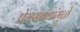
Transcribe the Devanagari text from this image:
प्रेमसंबंधांमुळे